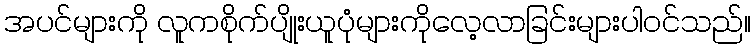
အပင်များကို လူကစိုက်ပျိုးယူပုံများကိုလေ့လာခြင်းများပါဝင်သည်။